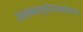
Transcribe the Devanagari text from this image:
रक्ताम्बरानुलेपनस्रगाभरणां